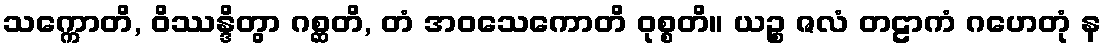
သက္ကောတိ, ဝိဿန္ဒိတွာ ဂစ္ဆတိ, တံ အဝသေကောတိ ဝုစ္စတိ။ ယဉ္စ ဇလံ တဠာကံ ဂဟေတုံ န